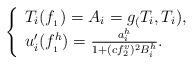
LaTeX: \begin{align*}\left\{ \begin{array}{lll} T_i(f_{_1})=A_i=g_(T_i,T_i), & \\ u'_i(f_{_1}^h)=\frac{a_i^h}{1+(cf_2^v)^2B_i^h} . & \end{array}\right.\end{align*}